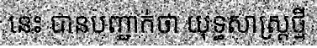
នេះ បានបញ្ជាក់ថា យុទ្ធសាស្ត្រថ្មី